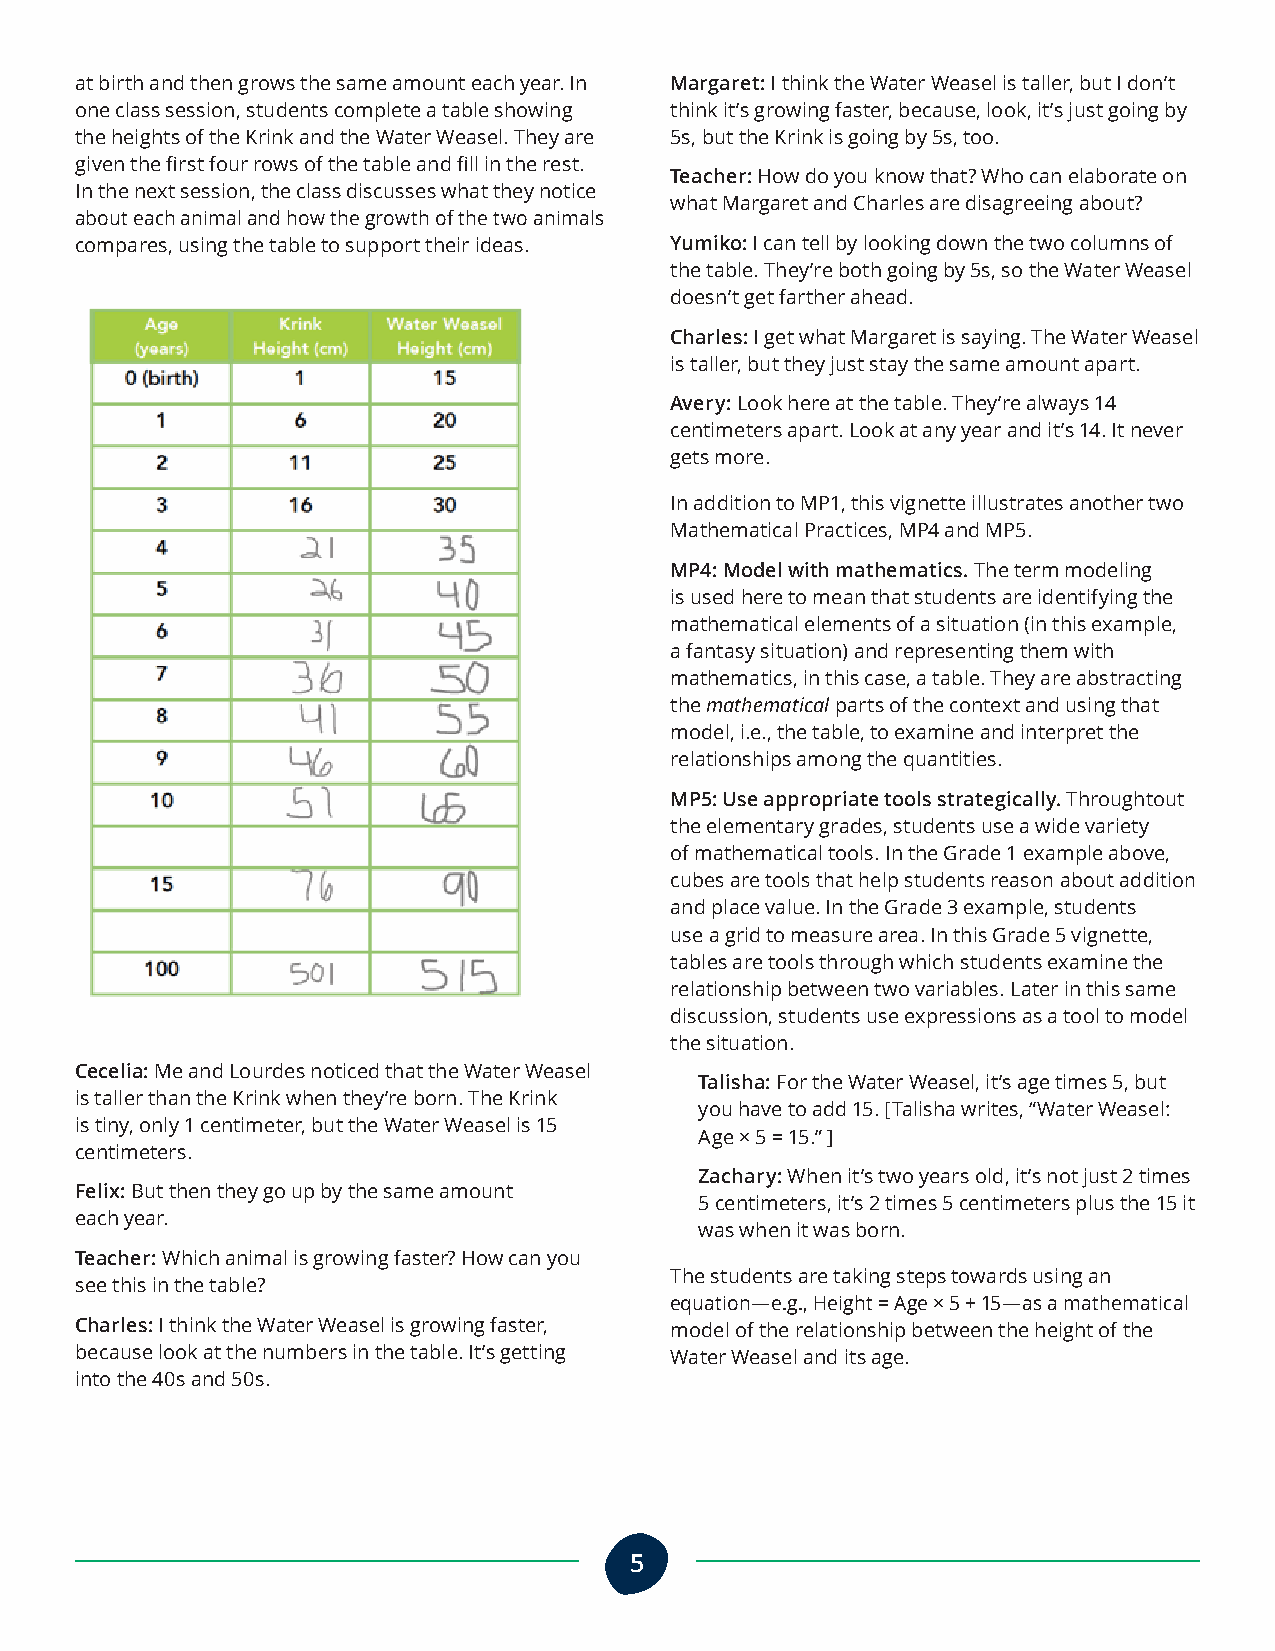
at birth and then grows the same amount each year. In Margaret: I think the Water Weasel is taller, but I don’t
 one class session, students complete a table showing think it’s growing faster, because, look, it’s just going by
 the heights of the Krink and the Water Weasel. They are 5s, but the Krink is going by 5s, too.
 given the first four rows of the table and fill in the rest.
 Teacher: How do you know that? Who can elaborate on
 In the next session, the class discusses what they notice
 what Margaret and Charles are disagreeing about?
 about each animal and how the growth of the two animals
 compares, using the table to support their ideas. Yumiko: I can tell by looking down the two columns of
 the table. They’re both going by 5s, so the Water Weasel
 doesn’t get farther ahead.
 Charles: I get what Margaret is saying. The Water Weasel
 is taller, but they just stay the same amount apart.
 Avery: Look here at the table. They’re always 14
 centimeters apart. Look at any year and it’s 14. It never
 gets more.
 In addition to MP1, this vignette illustrates another two
 Mathematical Practices, MP4 and MP5.
 MP4: Model with mathematics. The term modeling
 is used here to mean that students are identifying the
 mathematical elements of a situation (in this example,
 a fantasy situation) and representing them with
 mathematics, in this case, a table. They are abstracting
 the mathematical parts of the context and using that
 model, i.e., the table, to examine and interpret the
 relationships among the quantities.
 MP5: Use appropriate tools strategically. Throughtout
 the elementary grades, students use a wide variety
 of mathematical tools. In the Grade 1 example above,
 cubes are tools that help students reason about addition
 and place value. In the Grade 3 example, students
 use a grid to measure area. In this Grade 5 vignette,
 tables are tools through which students examine the
 relationship between two variables. Later in this same
 discussion, students use expressions as a tool to model
 the situation.
 Cecelia: Me and Lourdes noticed that the Water Weasel
 Talisha: For the Water Weasel, it’s age times 5, but
 is taller than the Krink when they’re born. The Krink
 you have to add 15. [Talisha writes, “Water Weasel:
 is tiny, only 1 centimeter, but the Water Weasel is 15
 Age × 5 = 15.” ]
 centimeters.
 Zachary: When it’s two years old, it’s not just 2 times
 Felix: But then they go up by the same amount
 5 centimeters, it’s 2 times 5 centimeters plus the 15 it
 each year.
 was when it was born.
 Teacher: Which animal is growing faster? How can you
 The students are taking steps towards using an
 see this in the table?
 equation—e.g., Height = Age × 5 + 15—as a mathematical
 Charles: I think the Water Weasel is growing faster, model of the relationship between the height of the
 because look at the numbers in the table. It’s getting Water Weasel and its age.
 into the 40s and 50s.
 5